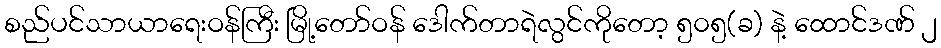
စည်ပင်သာယာရေးဝန်ကြီး မြို့တော်ဝန် ဒေါက်တာရဲလွင်ကိုတော့ ၅၀၅(ခ) နဲ့ ထောင်ဒဏ် ၂